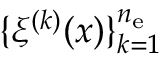
\{ \xi ^ { ( k ) } ( x ) \} _ { k = 1 } ^ { n _ { \mathrm { e } } }